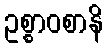
ဥစ္စာဝစာနိ